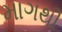
માગથી